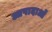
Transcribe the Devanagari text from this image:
आपादाओं